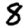
Digit: 8